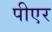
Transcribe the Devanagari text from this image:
पीएर